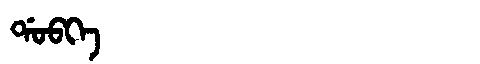
Manchu: ᡩᠣᠪᡴᡝ
Romanization: DOBKE